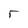
Character: r